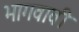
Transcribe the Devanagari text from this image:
भागवावी